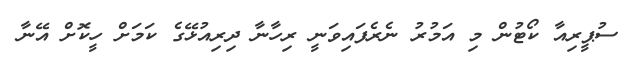
ސުޕީރިއާ ކޯޓުން މި އަމުރު ނެރެފައިވަނީ ރިހާނާ ދިރިއުޅޭގެ ކަމަށް ހީކޮށް އޭނާ